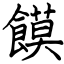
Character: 饃